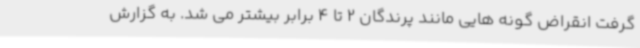
گرفت انقراض گونه هایی مانند پرندگان 2 تا 4 برابر بیشتر می شد. به گزارش